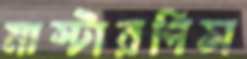
মাস্টারপিস